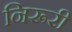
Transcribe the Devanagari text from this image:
निरूरी